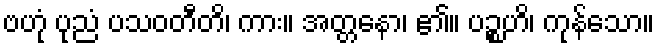
ဗဟုံ ပုညံ ပသဝတီတိ၊ ကား။ အတ္တနော၊ ၏။ ပဉ္စဟိ၊ ကုန်သော။